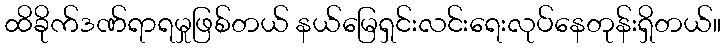
ထိခိုက်ဒဏ်ရာရမှုဖြစ်တယ် နယ်မြေရှင်းလင်းရေးလုပ်နေတုန်းရှိတယ်။